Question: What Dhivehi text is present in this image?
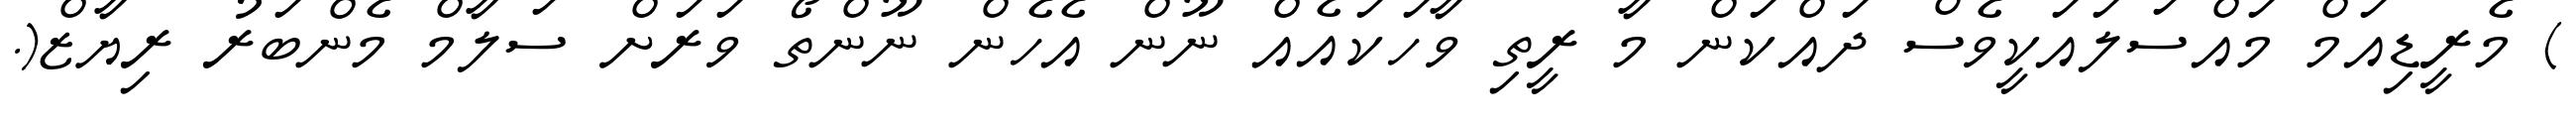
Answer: ) މެރީޑިއަމް މައްސަލައަކީވެސް ދައްކަން މާ ރީތި ވާހަކައެއް ނޫން އެހެން ނޫންތޯ ވަރަށް ސަލާމް މެންބަރު ރިޔާޒް(.